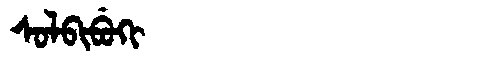
Manchu: ᠰᠣᠯᠪᡳᠪᡠᡴᡳ
Romanization: SOLBIBUKI